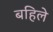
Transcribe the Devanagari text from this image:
बहिले